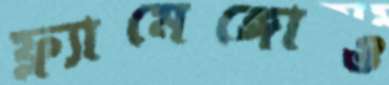
ফ্ল্যামেঙ্গোও